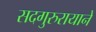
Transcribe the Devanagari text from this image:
सदगुरुरायानें